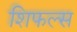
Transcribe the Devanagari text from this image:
शिफल्स